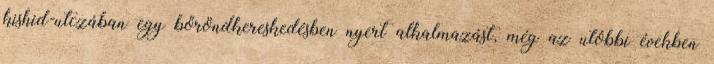
kishid-utczában egy bőröndkereskedésben nyert alkalmazást, még az utóbbi években